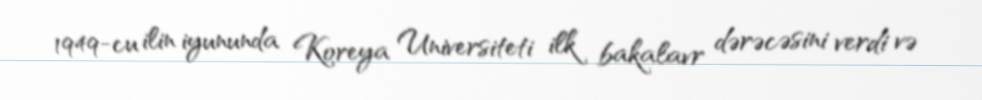
1949-cu ilin iyununda Koreya Universiteti ilk bakalavr dərəcəsini verdi və